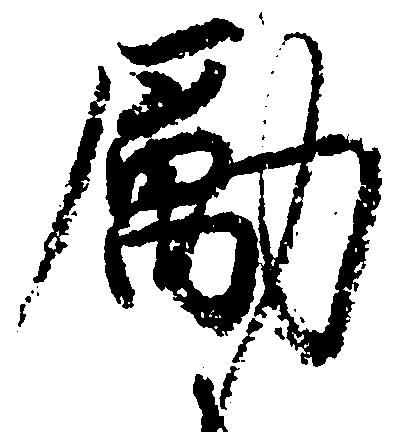
励